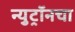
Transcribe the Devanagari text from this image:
न्युट्रॉनचा